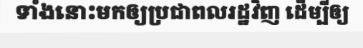
ទាំងនោះមកឲ្យប្រជាពលរដ្ឋវិញ ដើម្បីឲ្យ